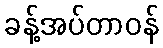
ခန့်အပ်တာဝန်